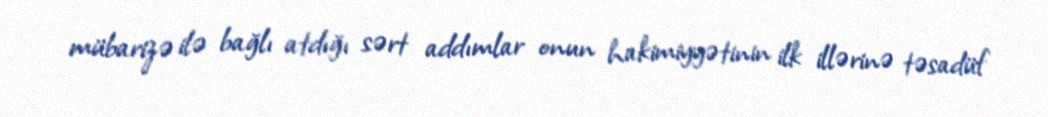
mübarizə ilə bağlı atdığı sərt addımlar onun hakimiyyətinin ilk illərinə təsadüf